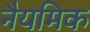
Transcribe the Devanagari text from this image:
नैयमिक